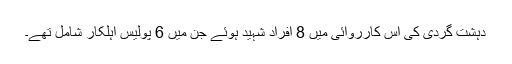
دہشت گردی کی اس کارروائی میں 8 افراد شہید ہوئے جن میں 6 پولیس اہلکار شامل تھے۔